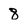
Character: 8